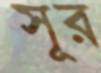
সূর